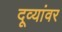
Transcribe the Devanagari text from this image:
दूव्यांवर